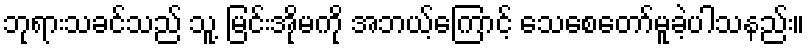
ဘုရားသခင်သည် သူ့ မြင်းအိုမကို အဘယ့်ကြောင့် သေစေတော်မူခဲ့ပါသနည်း။